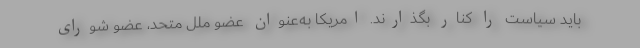
باید سیاست را کنار بگذارند. امریکا به‌عنوان عضو ملل متحد، عضو شورای